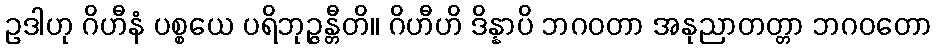
ဥဒါဟု ဂိဟီနံ ပစ္စယေ ပရိဘုဉ္ဇန္တီတိ။ ဂိဟီဟိ ဒိန္နာပိ ဘဂဝတာ အနုညာတတ္တာ ဘဂဝတော